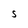
Character: S